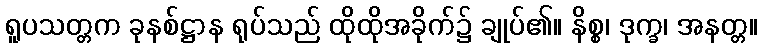
ရူပသတ္တက ခုနစ်ဋ္ဌာန ရုပ်သည် ထိုထိုအခိုက်၌ ချုပ်၏။ နိစ္စ၊ ဒုက္ခ၊ အနတ္တ။